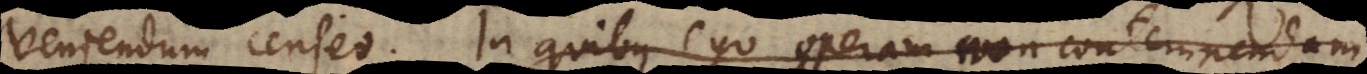
veniendum censeo. In quibus ego operam non contemnendam